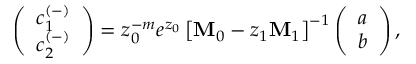
\left( \begin{array} { c c } { c _ { 1 } ^ { ( - ) } } \\ { c _ { 2 } ^ { ( - ) } } \end{array} \right) = z _ { 0 } ^ { - m } e ^ { z _ { 0 } } \left[ \mathbf { M } _ { 0 } - z _ { 1 } \mathbf { M } _ { 1 } \right] ^ { - 1 } \left( \begin{array} { c c } { a } \\ { b } \end{array} \right) ,